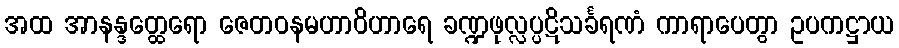
အထ အာနန္ဒတ္ထေရော ဇေတဝနမဟာဝိဟာရေ ခဏ္ဍဖုလ္လပ္ပဋိသင်္ခရဏံ ကာရာပေတွာ ဥပကဋ္ဌာယ